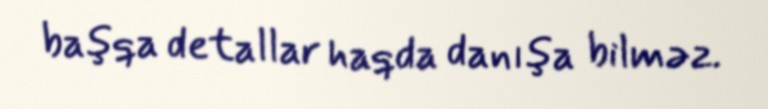
başqa detallar haqda danışa bilməz.